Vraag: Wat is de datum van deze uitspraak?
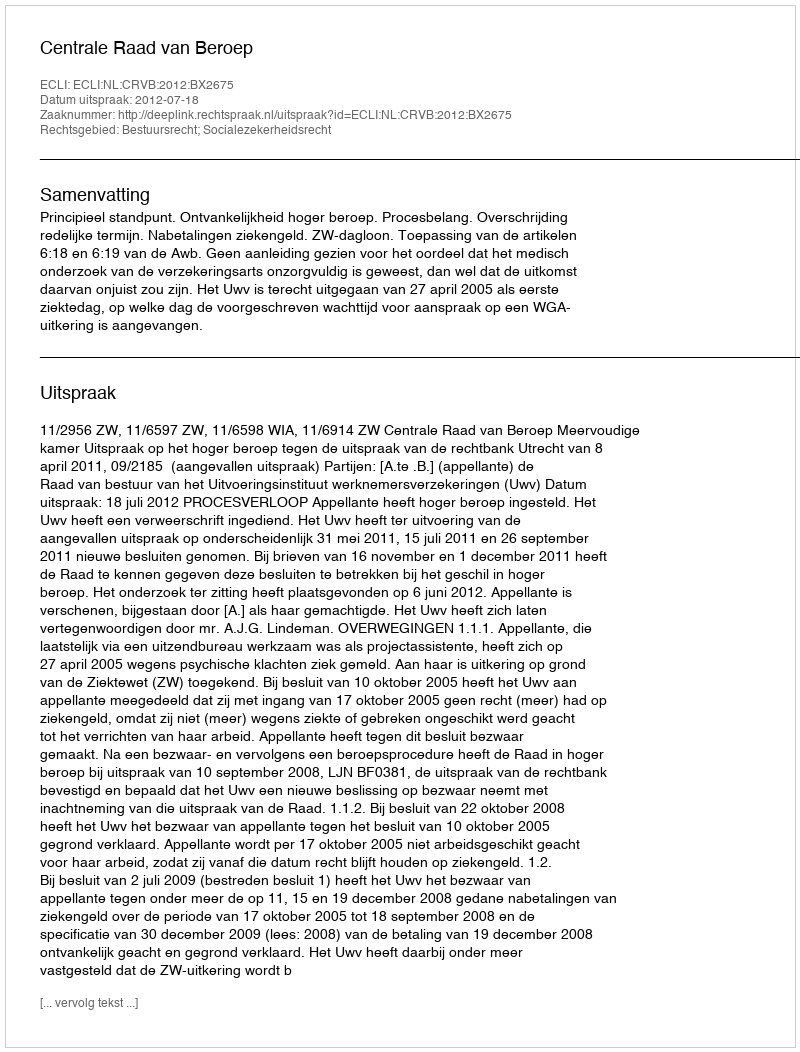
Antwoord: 2012-07-18